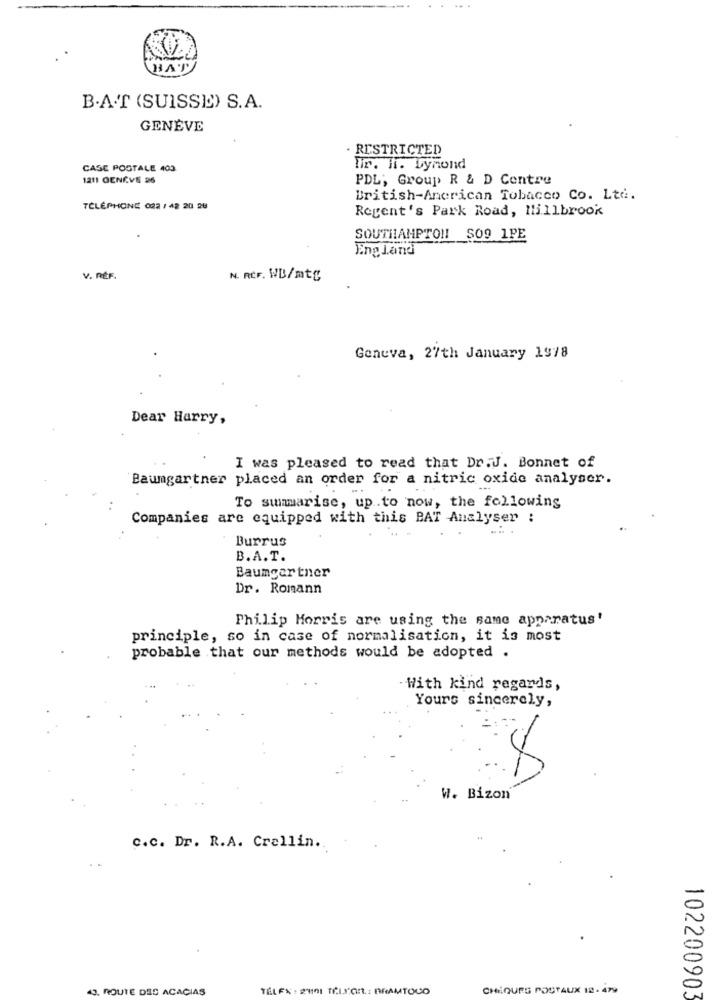
HAT
B.A.T (SUISSE) S.A.
GENÈVE
. RESTRICTED
CASE POSTALE 403
fir. H. bymond
1211 GENEVE 26
PDL; Group R & D Contre
British-Anerican Tobacco Co. Ltd.
TÉLÉPHONE 022 / 42 20 28
Regent's Park Road, Millbrook
SOUTHAMPTON! SO9 1PE
England
V. RÉF.
N. REF. WB/mtg
Geneva, 27th January 1918
Dear Harry,
I was pleased to read that Dr.J. Bonnet of
Baumgartner placed an order for a nitric oxide analyser.
To summarise, up.to now, the following
Companies are equipped with this BAT Analyser :
Burrus
B.A.T.
Baumgartner
Dr. Romann
Philip Morris are using the same apparatus'
principle, so in case of normalisation, it is most
probable that our methods would be adopted .
. With kind regards,
Yours sincerely,
W. Bizon
c.c. Dr. R.A. Crellin.
43, ROUTE DES ACACIAS
TELFX: 201 TÉLVOR .: BRAMTOUO
CHEQUES POSTAUX 12- 479
102200903